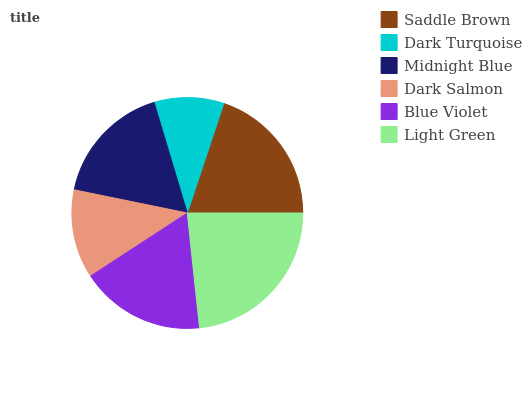
| Saddle Brown | Dark Turquoise | Midnight Blue | Dark Salmon | Blue Violet | Light Green |
 | --- | --- | --- | --- | --- | --- |
 | 19.9% | 9.76% | 17.2% | 12.4% | 17.5% | 23.2% |